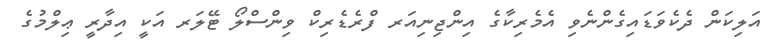
އަލިކަން ދެކެވަޑައިގެންނެވި އެމެރިކާގެ އިންޖިނިއަރ ފްރެޑެރިކް ވިންސްލޯ ޓޭލަރ އަކީ އިދާރީ ޢިލްމުގެ